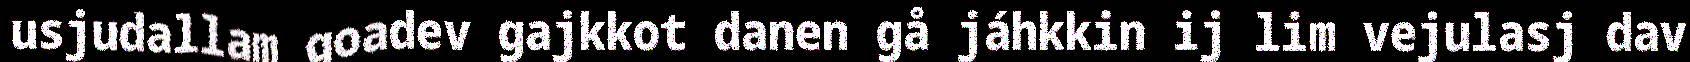
usjudallam goadev gajkkot danen gå jáhkkin ij lim vejulasj dav